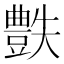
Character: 𧰅